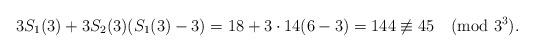
LaTeX: \begin{align*} 3S_1(3)+3 S_{2}(3)(S_1(3)-3)=18+3 \cdot 14(6-3)=144\not\equiv 45 \pmod{3^3}.\end{align*}